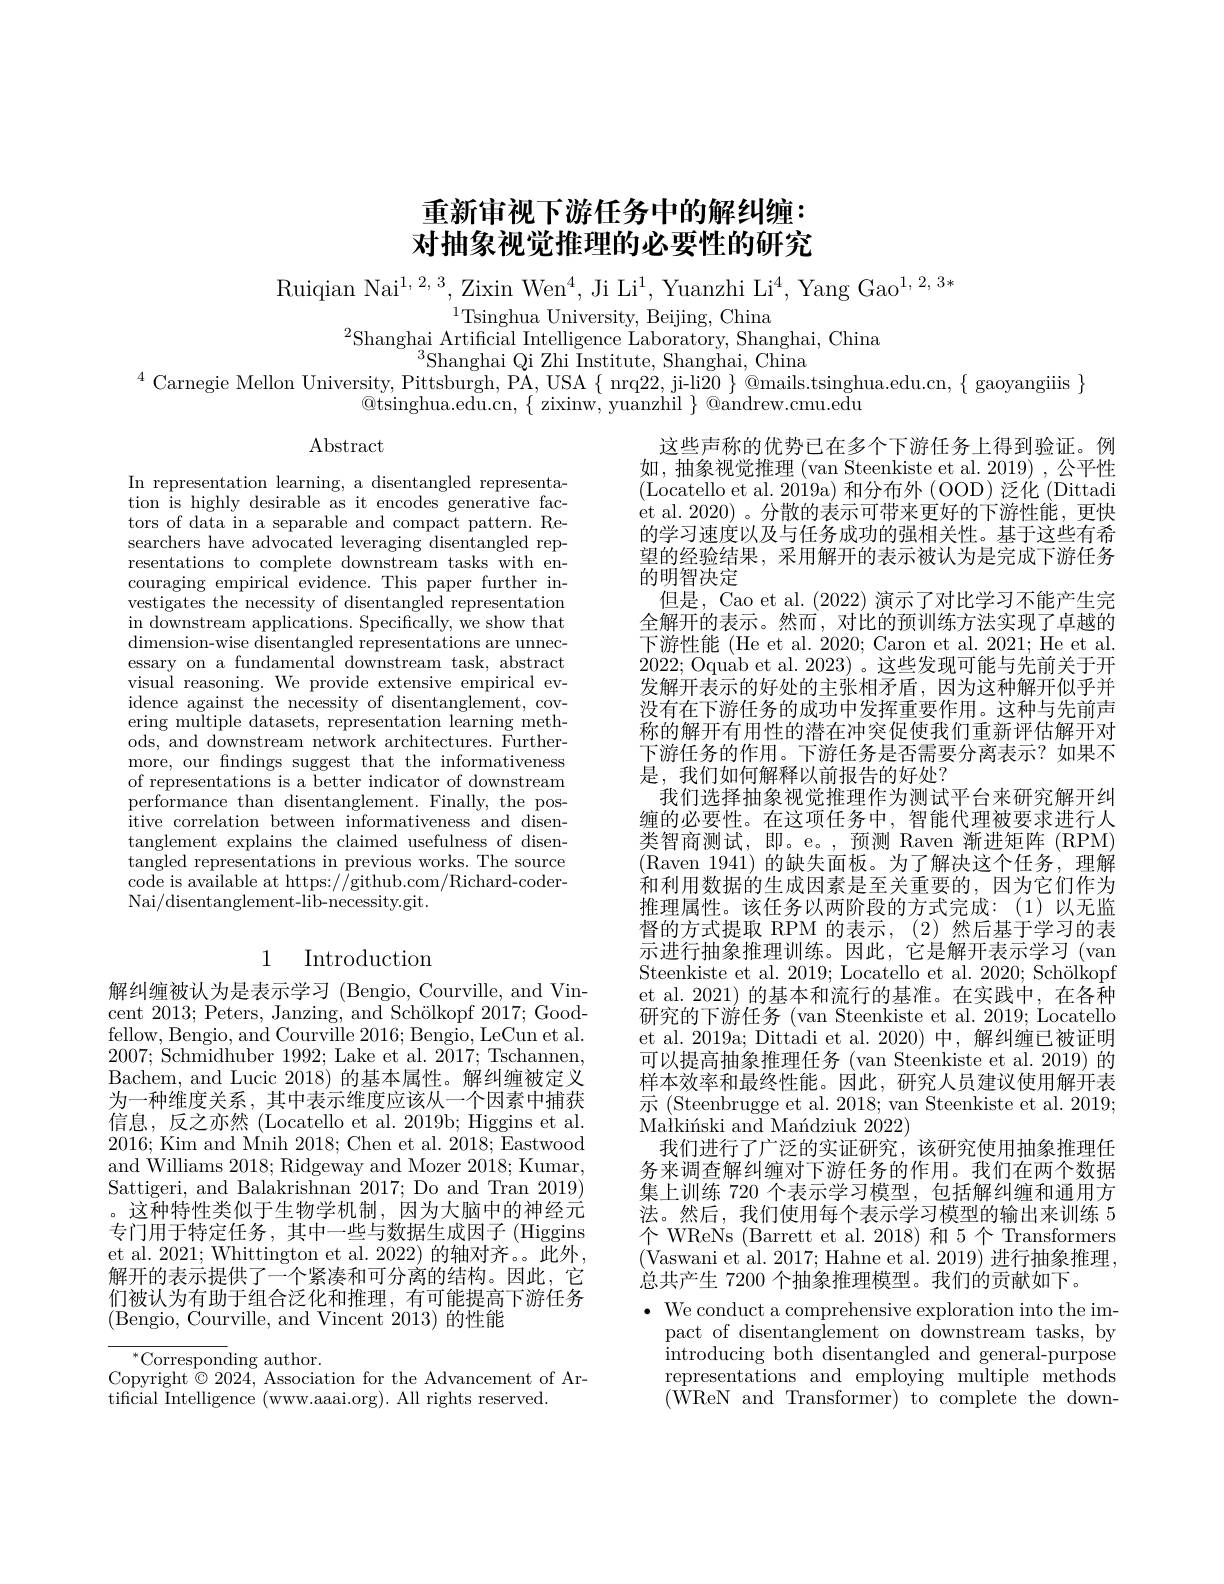
# 重新审视下游任务中的解纠缠： 对抽象视觉推理的必要性的研究

Ruiqian Nai$^1,2,3$,Zixin Wen$^4$,Ji Li$^1$,Yuanzhi Li$^4$,Yang Gao$^1,2,3*$
$^{1}$Tsinghua University, Beijing, China

${}^{2}$Shanghai Artificial Intelligence Laboratory, Shanghai, China
$^{3}$Shanghai Qi Zhi Institute, Shanghai, China
$^{4}$ Carnegie Mellon University, Pittsburgh, PA, USA $\{$ nrq22, ji-li$20\}$ @mails.tsinghua.edu.cn, $\{$ gaoyangiiis $\}$
$\textcircled{\mathrm{tsinghua.edu.cn,}}\{$zixinw, yuanzhil $\}\textcircled{\mathrm{oandrew.cmu.edu}}$

$\operatorname{Abstract}$

In representation learning, a disentangled representation is highly desirable as it encodes generative factors of data in a separable and compact pattern. Researchers have advocated leveraging disentangled representations to complete downstream tasks with encouraging empirical evidence. This paper further investigates the necessity of disentangled representation $\bar{\text{in downstream applications. Specifically, we show that}}$ dimension-wise disentangled representations are unnecessary on a fundamental downstream task, abstract visual reasoning. We provide extensive empirical evidence against the necessity of disentanglement, covering multiple datasets, representation learning methods, and downstream network architectures. Furthermore, our fndings suggest that the informativeness of representations is a better indicator of downstream performance than disentanglement. Finally, the positive correlation between informativeness and disentanglement explains the claimed usefulness of disen- $\bar{\text{tangled representations in previous works. The source}}$ code is available at https:$/\hat{/}$github.com/Richard-coderNai/disentanglement-lib-necessity.git.

## 1 Introduction

解纠缠被认为是表示学习 (Bengio, Courville, and Vincent 2013; Peters, Janzing, and Schölkopf 2017; Goodfellow, Bengio, and Courville 2016; Bengio, LeCun et al. $2007;\bar{\text{Schmidhuber }1992};$ Lake et al. $\bar2017;$ Tschannen, Bachem, and Lucic 2018) 的基本属性。解纠缠被定义为一种维度关系，其中表示维度应该从一个因素中捕获信息，反之亦然 (Locatello et al. 2019b; Higgins et al. 2016;Kim and Mnih 2018;Chen et al.2018;Eastwood and Williams 2018; Ridgeway and Mozer 2018; Kumar, Sattigeri, and Balakrishnan 2017; Do and Tran 2019)
这种特性类似于生物学机制，因为大脑中的神经元专门用于特定任务，其中一些与数据生成因子 (Higgins et al. 2021; Whittington et al. 2022) 的轴对齐。。此外， 解开的表示提供了一个紧凑和可分离的结构。因此，它们被认为有助于组合泛化和推理，有可能提高下游任务(Bengio, Courville, and Vincent 2013) 的性能

$^{*}$Corresponding author.
Copyright$\hat{\otimes}2024$, Association for the Advancement of Ar-
tificial Intelligence (www.aaai.org). All rights reserved.

这些声称的优势已在多个下游任务上得到验证。例如，抽象视觉推理 (van Steenkiste et al.2019) ,公平性(Locatello et al. 2019a) 和分布外 (OOD) 泛化 (Dittadi et al. 2020) 。分散的表示可带来更好的下游性能，更快的学习速度以及与任务成功的强相关性。基于这些有希望的经验结果，采用解开的表示被认为是完成下游任务的明智决定
但是，Cao et al. (2022) 演示了对比学习不能产生完全解开的表示。然而，对比的预训练方法实现了卓越的下游性能 (He et al. 2020; Caron et al. 2021; He et al. 2022; Oquab et al. 2023)。这些发现可能与先前关于开发解开表示的好处的主张相矛盾，因为这种解开似乎并没有在下游任务的成功中发挥重要作用。这种与先前声称的解开有用性的潜在冲突促使我们重新评估解开对下游任务的作用。下游任务是否需要分离表示？如果不是，我们如何解释以前报告的好处？
我们选择抽象视觉推理作为测试平台来研究解开纠缠的必要性。在这项任务中，智能代理被要求进行人类智商测试，即。e。,预测 Raven 渐进矩阵 (RPM) (Raven 1941) 的缺失面板。为了解决这个任务，理解和利用数据的生成因素是至关重要的，因为它们作为推理属性。该任务以两阶段的方式完成：(1)以无监督的方式提取 RPM 的表示，(2)然后基于学习的表示进行抽象推理训练。因此，它是解开表示学习(van Steenkiste et al. 2019; Locatello et al. 2020; Schölkopf et al. 2021) 的基本和流行的基准。在实践中，在各种研究的下游任务 (van Steenkiste et al. 2019; Locatello et al.2019a; Dittadi et al.2020) 中，解纠缠已被证明可以提高抽象推理任务 (van Steenkiste et al. 2019) 的样本效率和最终性能。因此，研究人员建议使用解开表示 (Steenbrugge et al. 2018; van Steenkiste et al. 2019; Ma$\grave{ł }$ki$\' {n}$skiandMa$\' {n}$dziuk2022)
我们进行了广泛的实证研究，该研究使用抽象推理任务来调查解纠缠对下游任务的作用。我们在两个数据集上训练 720 个表示学习模型，包括解纠缠和通用方法。然后，我们使用每个表示学习模型的输出来训练 5个 WReNs (Barrett et al. 2018) 和 5 个 Transformers (Vaswani et al. 2017; Hahne et al. 2019) 进行抽象推理， 总共产生 7200 个抽象推理模型。我们的贡献如下。
$\bullet$ We conduct a comprehensive exploration into the im-
pact of disentanglement on downstream tasks, by introducing both disentangled and general-purpose representations and employing multiple methods (WReN and Transformer) to complete the down-